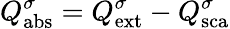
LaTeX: Q_{\mathrm{{abs}}}^{\sigma}=Q_{\mathrm{{ext}}}^{\sigma}-Q_{\mathrm{{sca}}}^{\sigma}